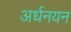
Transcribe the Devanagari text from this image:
अर्धनयन